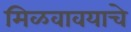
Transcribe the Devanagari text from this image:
मिळवावयाचे